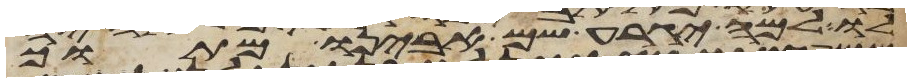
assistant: לו למה יגרע שם אבינו מתוך